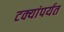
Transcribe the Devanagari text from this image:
टक्यांपर्यत